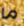
ما